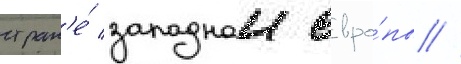
стран'е́ западнои евро́пы //